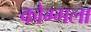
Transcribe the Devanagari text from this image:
कोग्गला